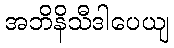
အဘိနိသီဒါပေယျ